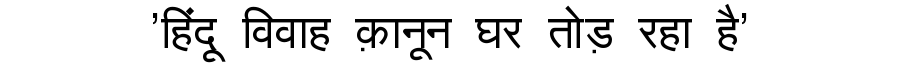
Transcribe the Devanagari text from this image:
'हिंदू विवाह क़ानून घर तोड़ रहा है'